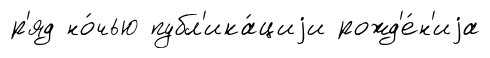
р'яд но́чью публ'ика́циjи рожд'е́н'иjа